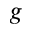
g